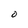
Character: 0